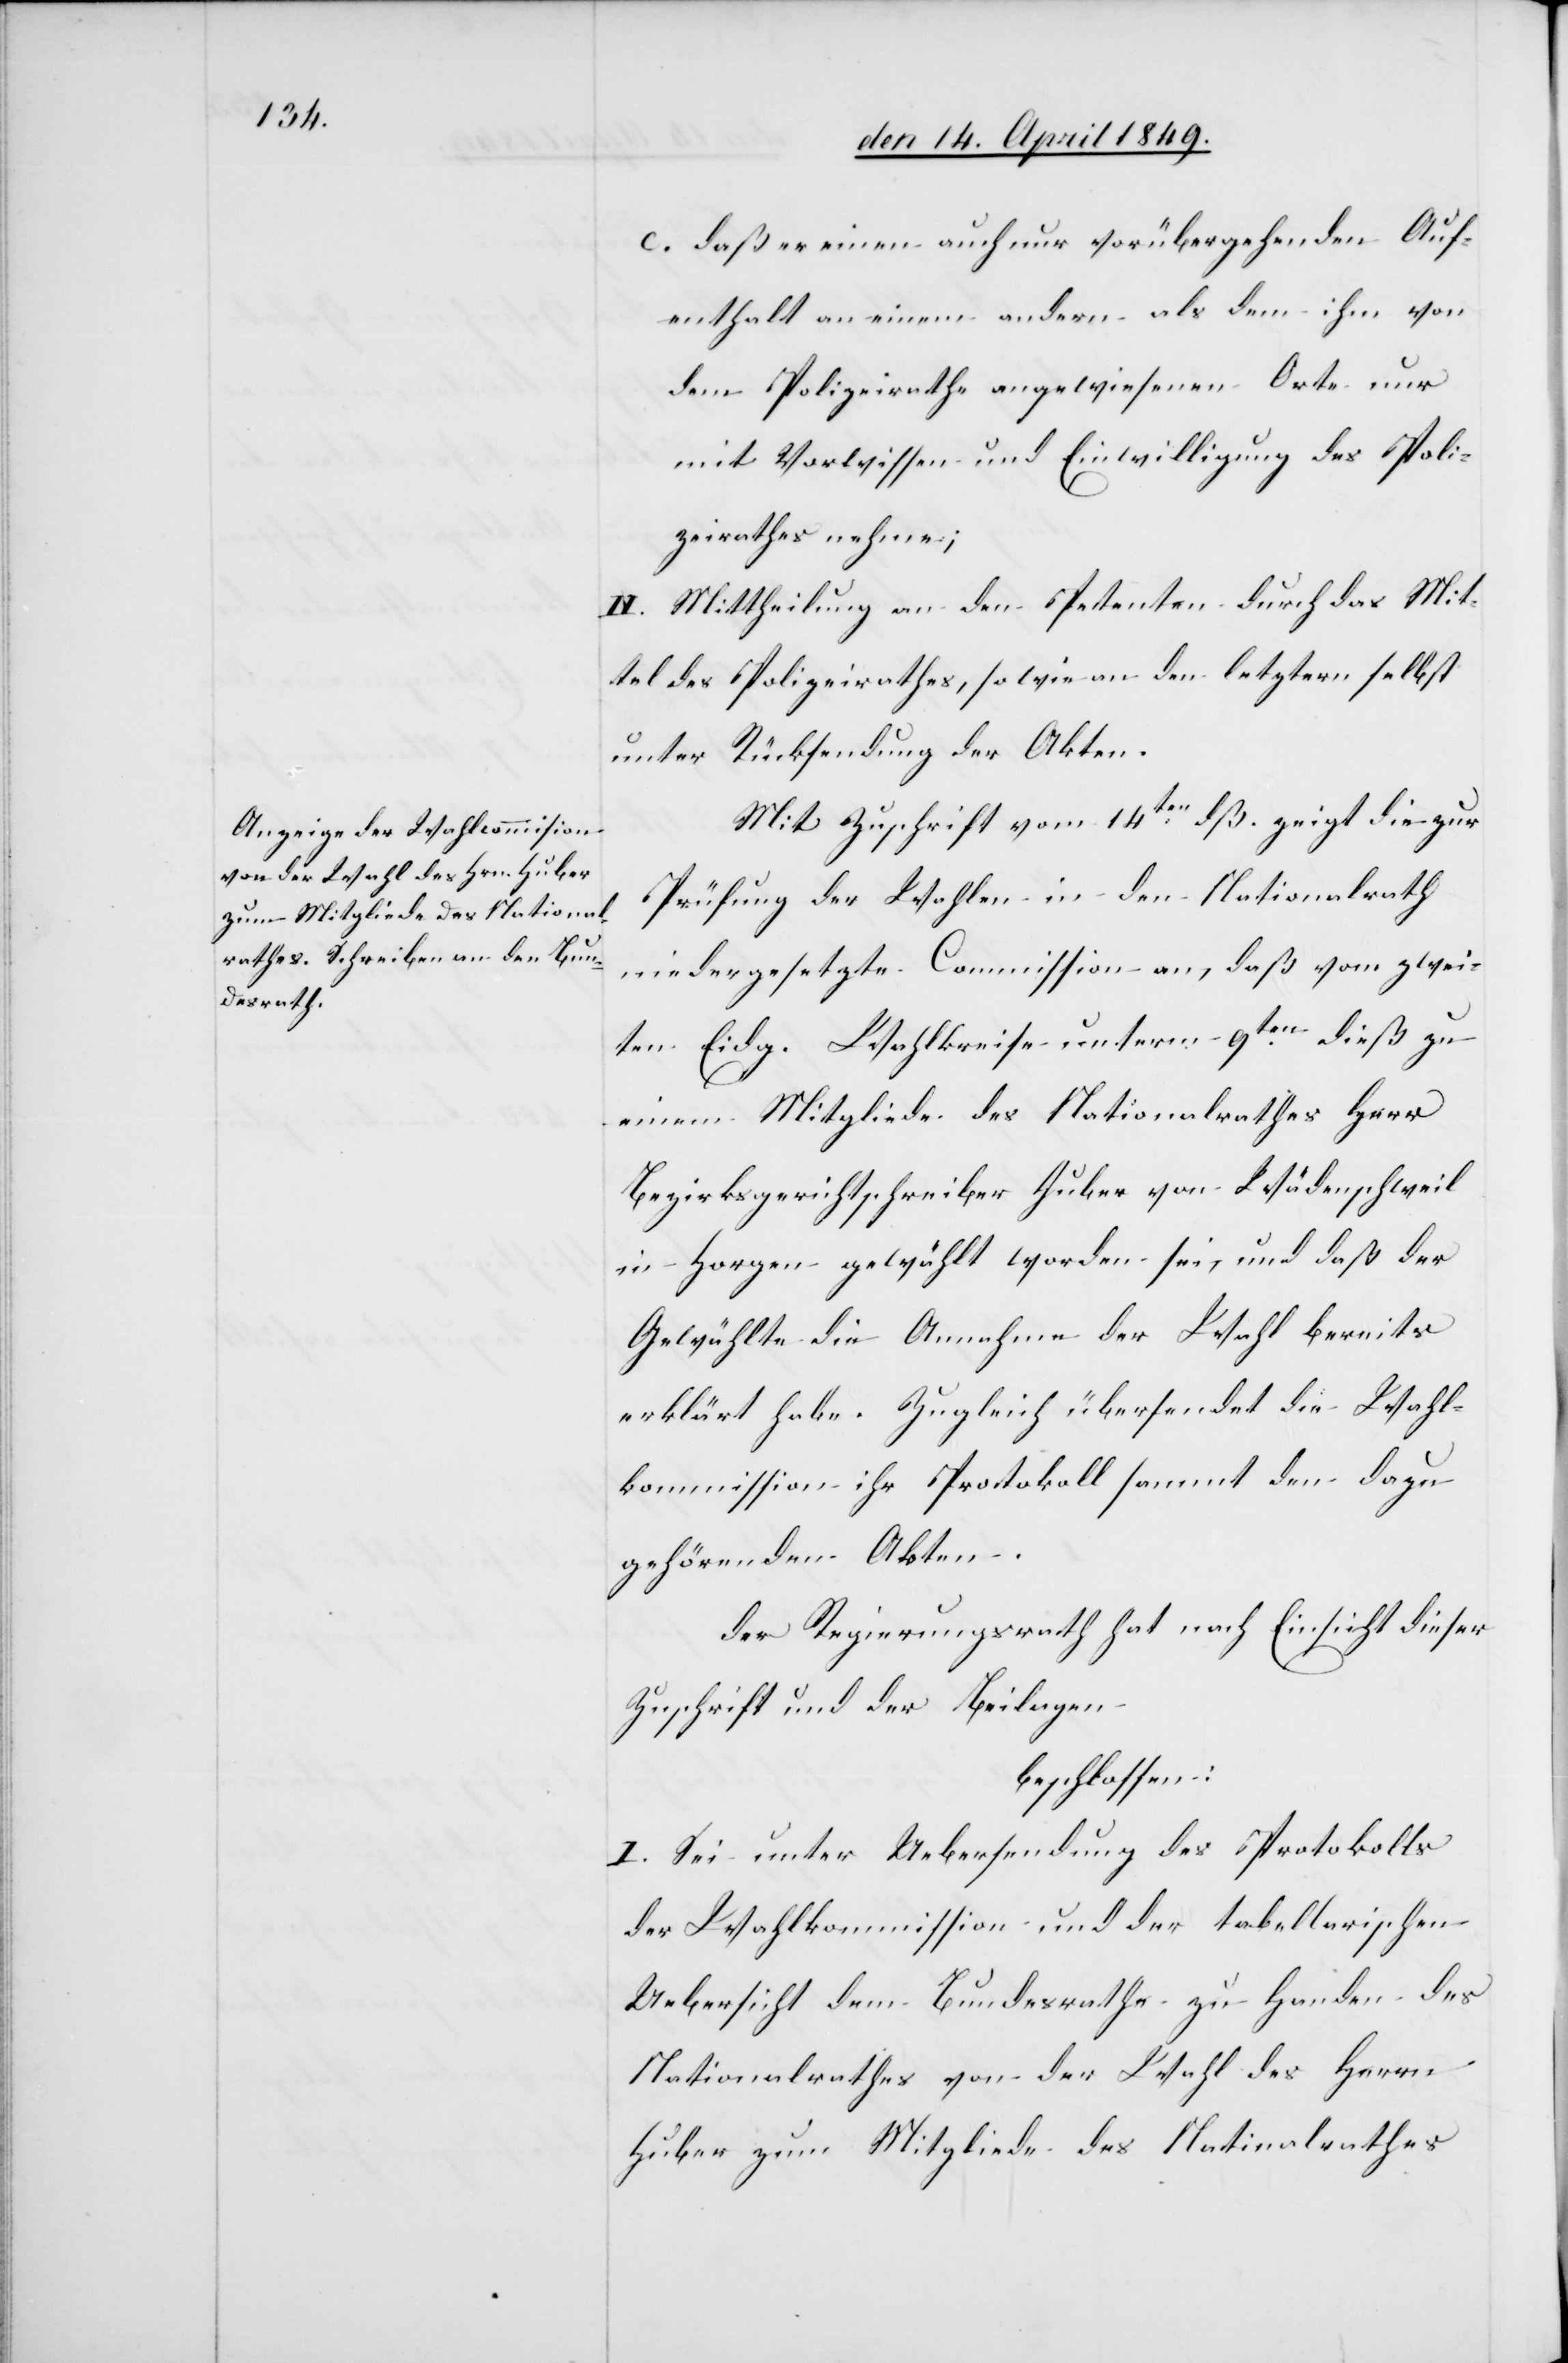
c. daß er einen auch nur vorübergehenden Auf¬
enthalt an einem andern als dem ihm von
dem Polizeirathe angewiesenen Orte nur
mit Vorwissen und Einwilligung des Poli¬
zeirathes nehme;
II. Mittheilung an den Petenten durch das Mit¬
tel des Polizeirathes, sowie an den letztern selbst
unter Rücksendung der Akten.
Mit Zuschrift vom 14ten dß. zeigt die zur
Prüfung der Wahlen in den Nationalrath
niedergesetzte Commission an, daß vom zwei¬
ten Eidg. Wahlkreise unterm 9ten dieß zu
einem Mitgliede des Nationalrathes Herr
Bezirksgerichtschreiber Huber von Wädenschweil
in Horgen gewählt worden sei, und daß der
Gewählte die Annahme der Wahl bereits
erklärt habe. Zugleich übersendet die Wahl¬
kommission ihr Protokoll sammt den dazu
gehörenden Akten.
der Regierungsrath hat nach Einsicht dieser
Zuschrift und der Beilagen
beschlossen:
I. Sei unter Uebersendung des Protokolls
der Wahlkommission und der tabellarischen
Uebersicht dem Bundesrathe zu Handen des
Nationalrathes von der Wahl des Herrn
Huber zum Mitgliede des Nationalrathes